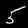
Label: 5